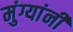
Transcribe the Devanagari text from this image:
मुंग्यांनी